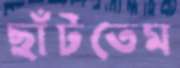
ছাঁটতেম